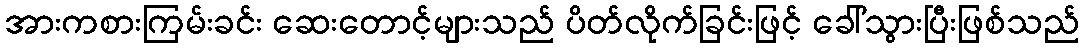
အားကစားကြမ်းခင်း ဆေးတောင့်များသည် ပိတ်လိုက်ခြင်းဖြင့် ခေါ်သွားပြီးဖြစ်သည်